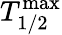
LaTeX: T_{1/2}^{\mathrm{max}}